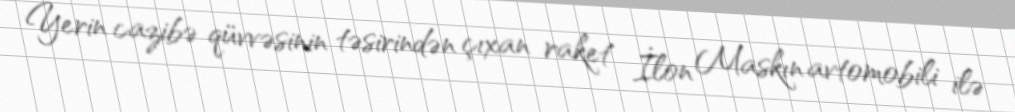
Yerin cazibə qüvvəsinin təsirindən çıxan raket İlon Maskın avtomobili ilə